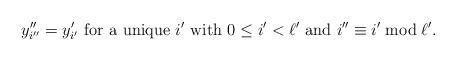
LaTeX: \begin{align*}y_{i''}'' = y_{i'}' \text{ for a unique $i'$ with $0\leq i' <\ell'$ and $i''\equiv i' \bmod \ell'$}.\end{align*}